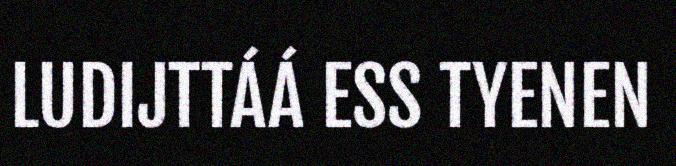
LUDIJTTÁÁ ESS TYENEN